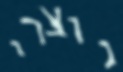
נוצרי